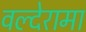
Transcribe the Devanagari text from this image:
वल्देरामा